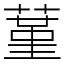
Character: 蓳